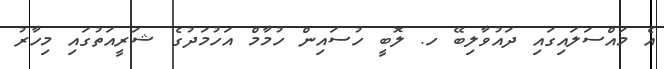
އެ މައްސަލައިގައި ދައުވާލިބޭ ހ. ލޮބީ ހުސައިން ހުމާމް އަހުމަދުގެ ޝަރީއަތުގައި މިހާރު